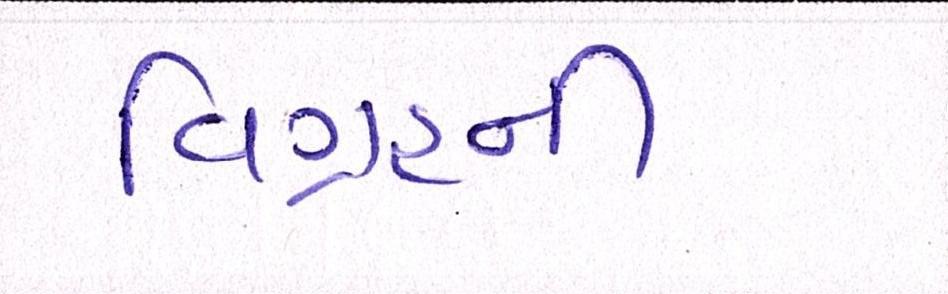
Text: વિગ્રહની